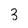
Character: 3